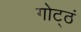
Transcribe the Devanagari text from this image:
गोट्ठं